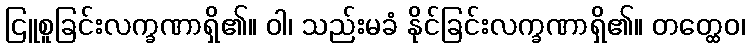
ငြူစူခြင်းလက္ခဏာရှိ၏။ ဝါ၊ သည်းမခံ နိုင်ခြင်းလက္ခဏာရှိ၏။ တတ္ထေဝ၊